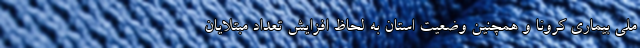
ملی بیماری کرونا و همچنین وضعیت استان به لحاظ افزایش تعداد مبتلایان